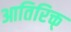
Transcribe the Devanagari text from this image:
आतिरिक्त्